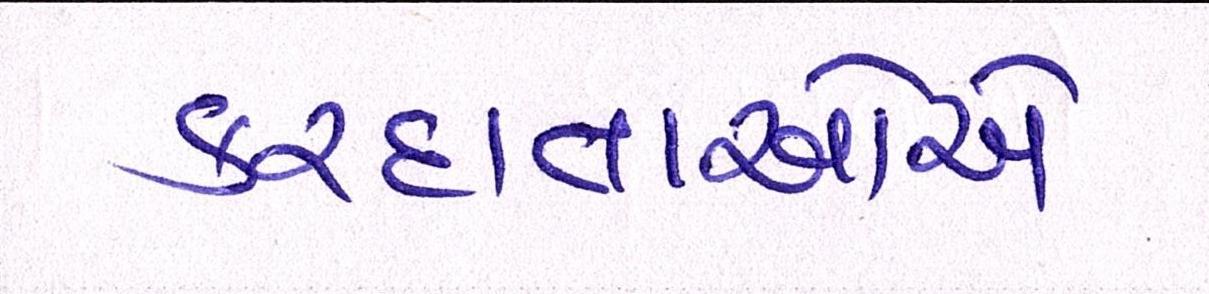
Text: કરદાતાઓએ